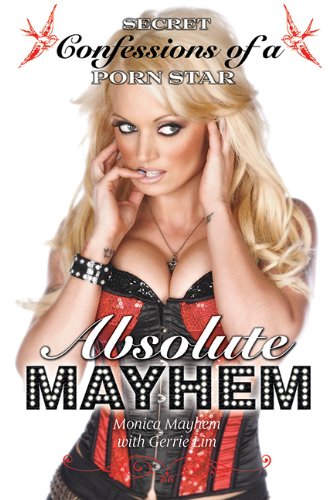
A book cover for Absolute Mayhem: Secret Confessions of a Porn Star; Monica Mayhem; Biographies & Memoirs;